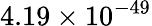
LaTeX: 4.19\times 10^{-49}